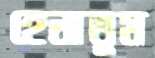
হেলাতুম